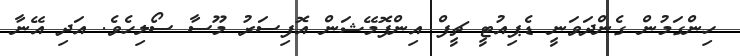
ހިންގަމުން ގެންދަވަނީ ޑެޕިއުޓީ ޗީފް އިންފޮމޭޝަން އޮފިސަރު މޫސާ ސޯލިހެވެ. އަދި އޭނާ